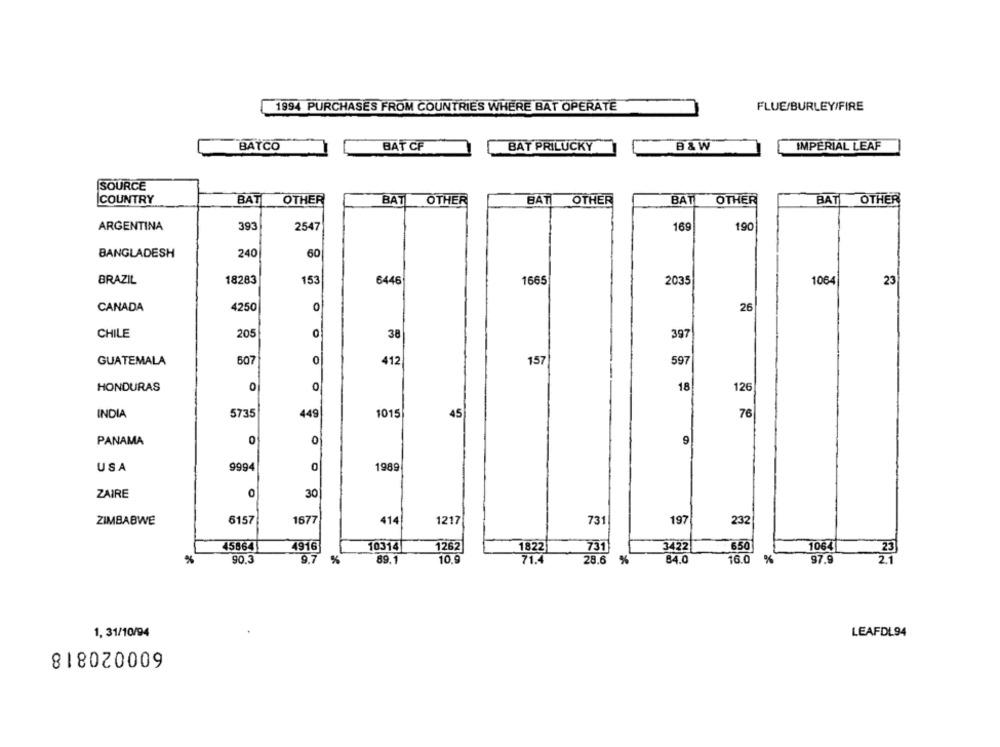
1994 PURCHASES FROM COUNTRIES WHERE BAT OPERATE
FLUE/BURLEY/FIRE
BATCO
BAT CF
BAT PRILUCKY
B& W
IMPERIAL LEAF
SOURCE
COUNTRY
BAT
OTHER
BAT OTHER
BAT
OTHER
BAT
OTHER
BAT OTHER
ARGENTINA
393
2547
169
190
BANGLADESH
240
60
BRAZIL
18283
153
6446
1665
2035
1064
23
4250
CANADA
26
CHILE
205
0
38
397
GUATEMALA
507
0
412
157
597
HONDURAS
O
0
15
126
INDIA
5735
449
1015
45
76
0
0
9
PANAMA
USA
9994
0
1989
ZAIRE
O
30
ZIMBABWE
6157
1677
414
1217
731
197
232
45864
1262
4916
10314
1822
731
3422
650
1064
%
90.3
9.7
%
89.1
10.9
28.6
%
84.0
16.0
%
97.9
1, 31/10/94
LEAFDL94
8180020009